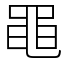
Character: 黽